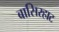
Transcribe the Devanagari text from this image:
बासिरहाट